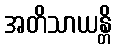
အတိသာယန္တိ